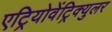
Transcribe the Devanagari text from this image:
एट्रियोवेंट्रिक्युलर